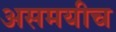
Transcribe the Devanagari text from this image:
असमयीच